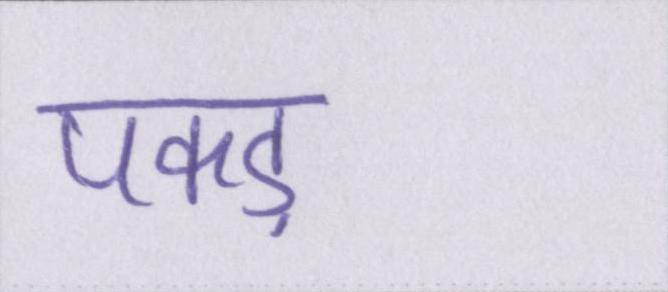
पकड़